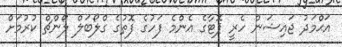
އަޙްމަދު ޖައިޝަން ހެރީ ޕޮޓާގެ އެންމެ ފަހުގެ ފޮތުގެ ގްލޯބަލް ލޯންޗް ކުރުމަށް